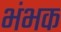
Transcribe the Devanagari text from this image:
भंभक